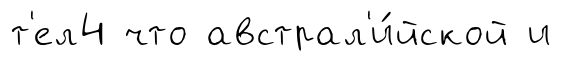
т'ел4 что австрал'и́йской и